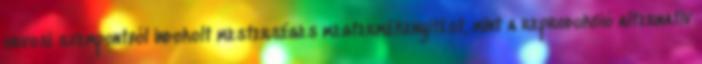
orvosi szempontból indokolt mesterséges megtermékenyítést, mint a reprodukció alternatív